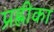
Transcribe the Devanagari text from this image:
प्रह्लीका